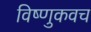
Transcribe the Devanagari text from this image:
विष्णुकवच